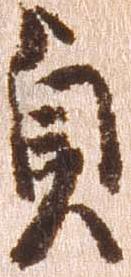
貞